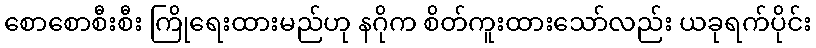
စောစောစီးစီး ကြိုရေးထားမည်ဟု နဂိုက စိတ်ကူးထားသော်လည်း ယခုရက်ပိုင်း